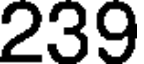
239